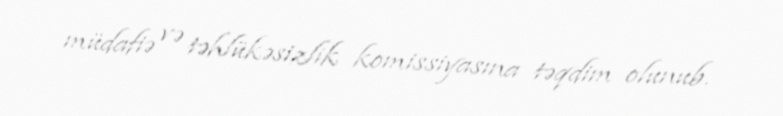
müdafiə və təhlükəsizlik komissiyasına təqdim olunub.